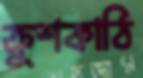
ক্রুশকাঠি